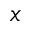
_ x